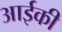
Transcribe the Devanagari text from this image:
आईकी